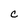
Character: c